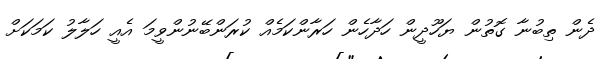
ދެން ތިބުނާ ގޮތުން ޔަހޫދީން ހަދާހެން ހަރާންކަމެއް ކުރަންބޭނުންވީމަ އެއީ ހަލާލު ކަމަކަށް